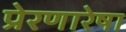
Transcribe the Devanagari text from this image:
प्रेरणारेषा